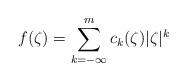
LaTeX: \begin{align*}f(\zeta)=\sum_{k=-\infty}^{m}c_{k}(\zeta)|\zeta|^{k}\end{align*}